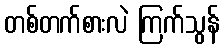
တစ်တက်စားလဲ ကြက်သွန်